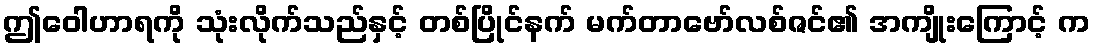
ဤဝေါဟာရကို သုံးလိုက်သည်နှင့် တစ်ပြိုင်နက် မက်တာဗော်လစ်ဇင်၏ အကျိုးကြောင့် က